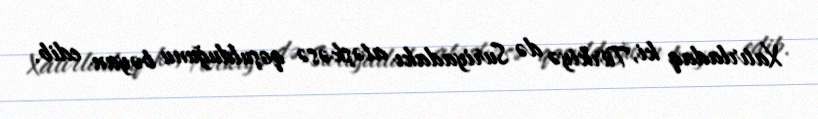
Xatırladaq ki, Türkiyə də Suriyadakı atəşkəsə qoşulduğunu bəyan edib.